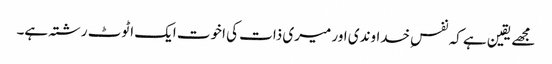
مجھے یقین ہے کہ نفسِ خداوندی اور میری ذات کی اخوت ایک اٹوٹ رشتہ ہے۔